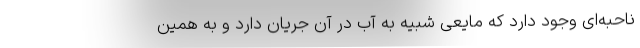
ناحبه‌ای وجود دارد که مایعی شبیه به آب در آن جریان دارد و به همین